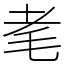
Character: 𦒷